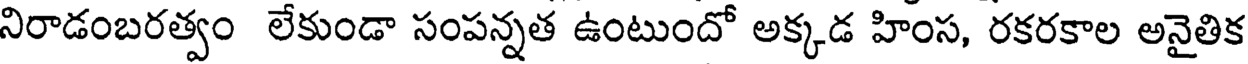
నిరాడంబరత్వం లేకుండా సంపన్నత ఉంటుందో అక్కడ హింస, రకరకాల అనైతిక